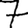
Digit: 7